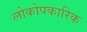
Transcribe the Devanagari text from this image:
लोकोपकारिक